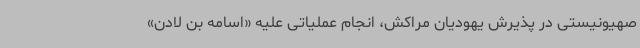
صهیونیستی در پذیرش یهودیان مراکش، انجام عملیاتی علیه «اسامه بن لادن»